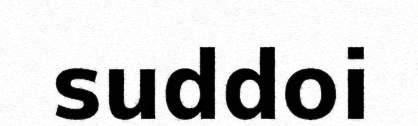
suddoi